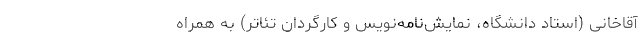
آقاخانی (استاد دانشگاه، نمایش‌نامه‌نویس و کارگردان تئاتر) به همراه